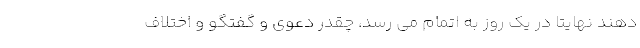
دهند نهایتاً در یک روز به اتمام می رسد، چقدر دعوی و گفتگو و اختلاف